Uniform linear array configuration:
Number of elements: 12
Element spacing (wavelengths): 0.75
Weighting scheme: kaiser
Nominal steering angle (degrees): -60
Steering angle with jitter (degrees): -61.227
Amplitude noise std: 0.05
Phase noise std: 0.05

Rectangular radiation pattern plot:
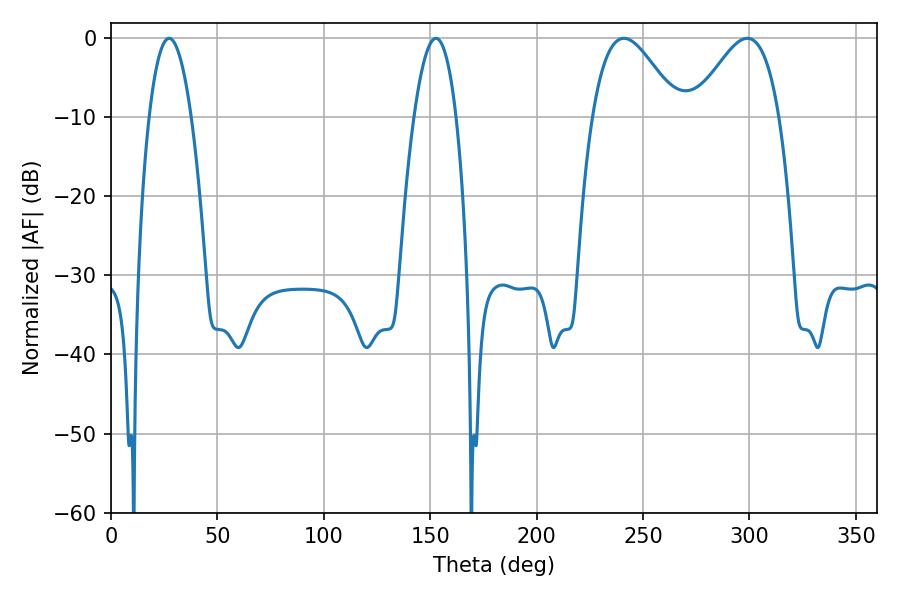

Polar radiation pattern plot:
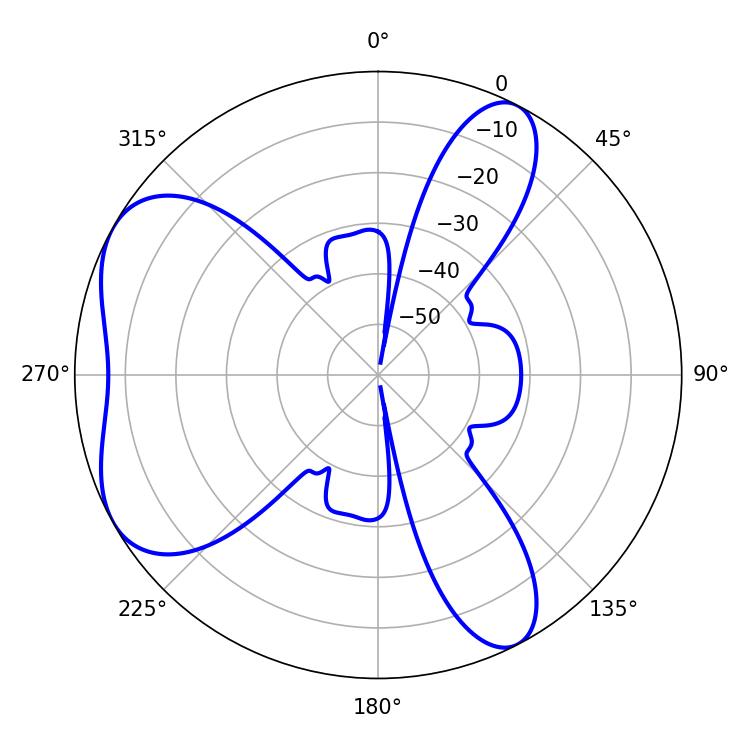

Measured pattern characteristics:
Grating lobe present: TRUE
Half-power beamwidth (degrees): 21.6
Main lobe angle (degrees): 241.02